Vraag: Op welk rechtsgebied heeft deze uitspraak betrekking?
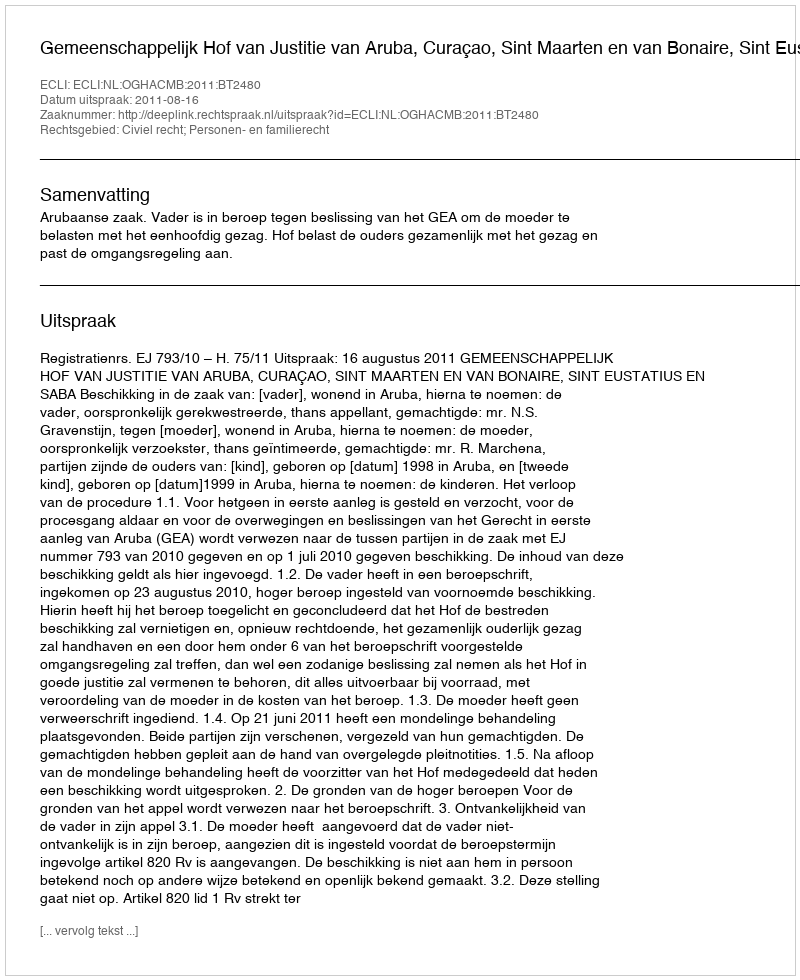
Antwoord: Civiel recht; Personen- en familierecht